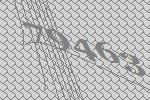
79463